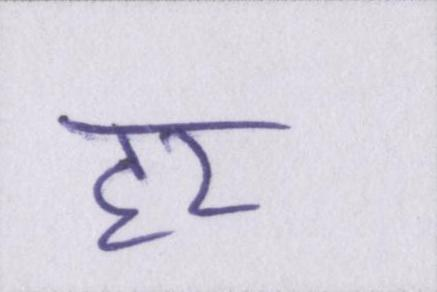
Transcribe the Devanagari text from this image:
हर